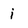
Character: i